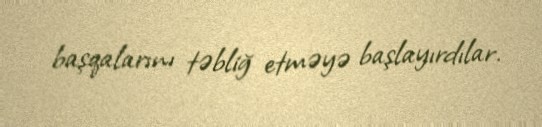
başqalarını təbliğ etməyə başlayırdılar.